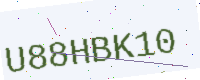
Text: U88HBK10